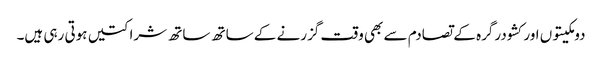
دومکیتوں اور کشودرگرہ کے تصادم سے بھی وقت گزرنے کے ساتھ ساتھ شراکتیں ہوتی رہی ہیں۔